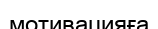
мотивацияға